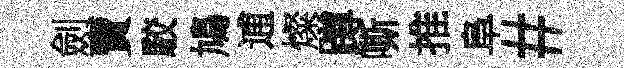
劍賣駮鳩逋燦蹲嘶推阜#